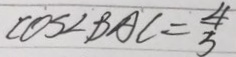
\cos \angle B A C = \frac { 4 } { 5 }